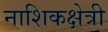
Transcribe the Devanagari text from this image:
नाशिकक्षेत्री